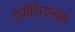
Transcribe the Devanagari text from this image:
एसेंशियल्स